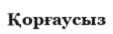
Қорғаусыз